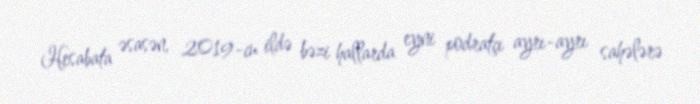
Hesabata əsasən, 2019-cu ildə bəzi hallarda eyni podratçı ayrı-ayrı sahələrə